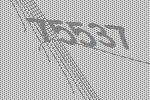
75537